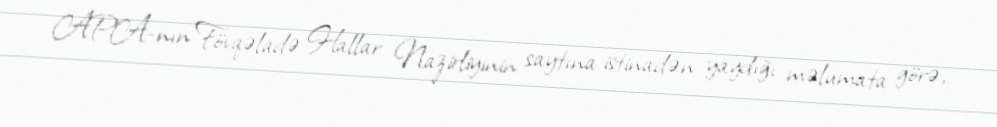
APA-nın Fövqəladə Hallar Nazirliyinin saytına istinadən yaydığı məlumata görə,